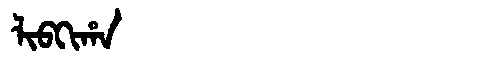
Manchu: ᠯᡳᠪᡴᡳᡥᠠ
Romanization: LIBKIHA